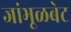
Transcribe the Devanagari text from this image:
जांभूळबेट